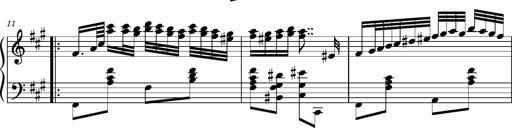
Title: Ungarischer Romanzero
Composer: Franz Liszt